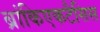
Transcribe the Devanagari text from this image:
ब्रांकिएकटैसिस